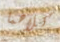
كلاهما